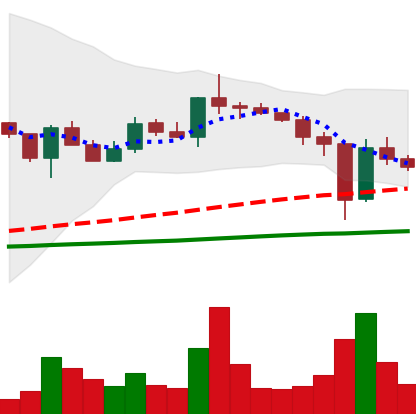
Ticker: XLM-USD
Chart end date: 2020-12-26
Forward return: -12.701%
Label: down_7plus